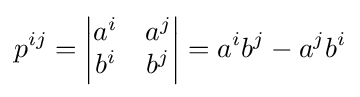
p^{ij}={\begin{vmatrix}a^{i}&a^{j}\\b^{i}&b^{j}\end{vmatrix}}=a^{i}b^{j}-a^{j}b^{i}